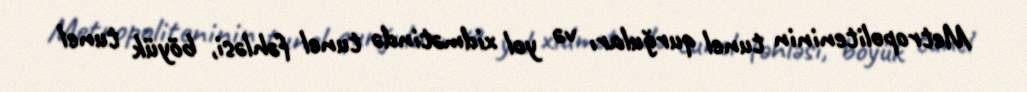
Metropoliteninin tunel qurğuları və yol xidmətində tunel fəhləsi, böyük tunel